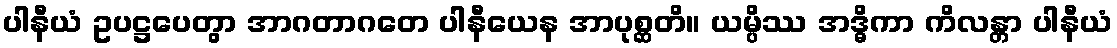
ပါနီယံ ဥပဋ္ဌပေတွာ အာဂတာဂတေ ပါနီယေန အာပုစ္ဆတိ။ ယမ္ပိဿ အဒ္ဓိကာ ကိလန္တာ ပါနီယံ